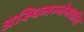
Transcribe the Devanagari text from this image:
अस्थिमज्जेमधील